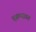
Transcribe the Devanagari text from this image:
ब्र्ह्मयज्ञात